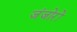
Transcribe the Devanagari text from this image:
जंजोरों